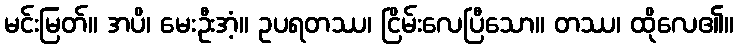
မင်းမြတ်။ အပိ၊ မေးဦးအံ့။ ဥပရတဿ၊ ငြိမ်းလေပြီသော။ တဿ၊ ထိုလေ၏။